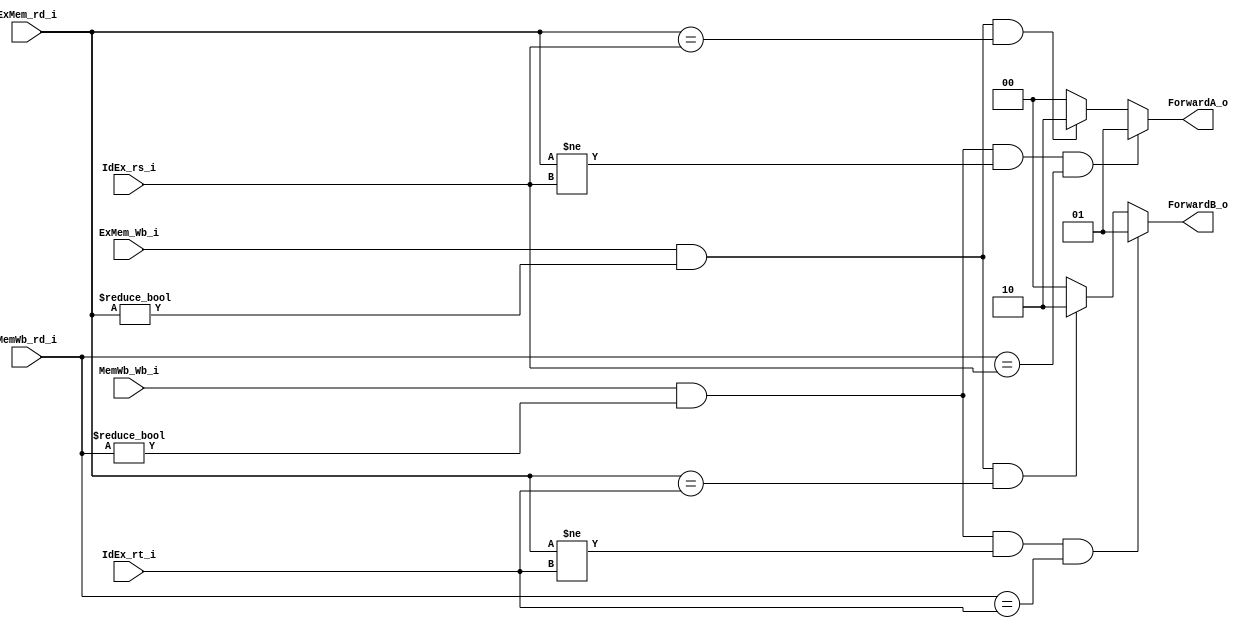
module FW
(
	IdEx_rs_i,
	IdEx_rt_i,
	ExMem_rd_i,
	ExMem_Wb_i,
	MemWb_rd_i,
	MemWb_Wb_i,
	ForwardA_o,
	ForwardB_o
);

input	[4:0]	IdEx_rs_i;
input	[4:0]	IdEx_rt_i;
input	[4:0]	ExMem_rd_i;
input			ExMem_Wb_i;
input	[4:0]	MemWb_rd_i;
input			MemWb_Wb_i;
output 	[1:0]	ForwardA_o;
output 	[1:0]	ForwardB_o;

reg	[1:0]	ForwardA;
reg	[1:0]	ForwardB;

assign ForwardA_o = ForwardA;
assign ForwardB_o = ForwardB;


always @(*) begin
	ForwardA = 2'b00;
	ForwardB = 2'b00;
	if(ExMem_Wb_i && (ExMem_rd_i != 5'b00000) && (ExMem_rd_i == IdEx_rs_i))begin
		ForwardA = 2'b10;
	end
	if(ExMem_Wb_i && (ExMem_rd_i != 5'b00000) && (ExMem_rd_i == IdEx_rt_i))begin
		ForwardB = 2'b10;
	end
	if(MemWb_Wb_i && (MemWb_rd_i != 5'b00000) && (ExMem_rd_i != IdEx_rs_i) && (MemWb_rd_i == IdEx_rs_i))begin
		ForwardA = 2'b01;
	end
	if(MemWb_Wb_i && (MemWb_rd_i != 5'b00000) && (ExMem_rd_i != IdEx_rt_i) && (MemWb_rd_i == IdEx_rt_i))begin
		ForwardB = 2'b01;
	end
end

endmodule